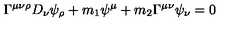
\Gamma ^ { \mu \nu \rho } D _ { \nu } \psi _ { \rho } + m _ { 1 } \psi ^ { \mu } + m _ { 2 } \Gamma ^ { \mu \nu } \psi _ { \nu } = 0